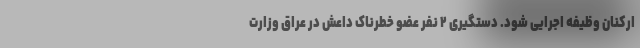
ارکنان وظیفه اجرایی شود. دستگیری ۲ نفر عضو خطرناک داعش در عراق وزارت